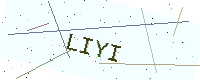
Text: LIYI